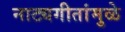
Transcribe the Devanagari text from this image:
नाट्यगीतांमुळे